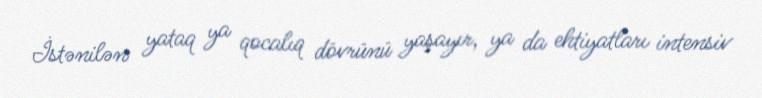
İstənilən yataq ya qocalıq dövrünü yaşayır, ya da ehtiyatları intensiv